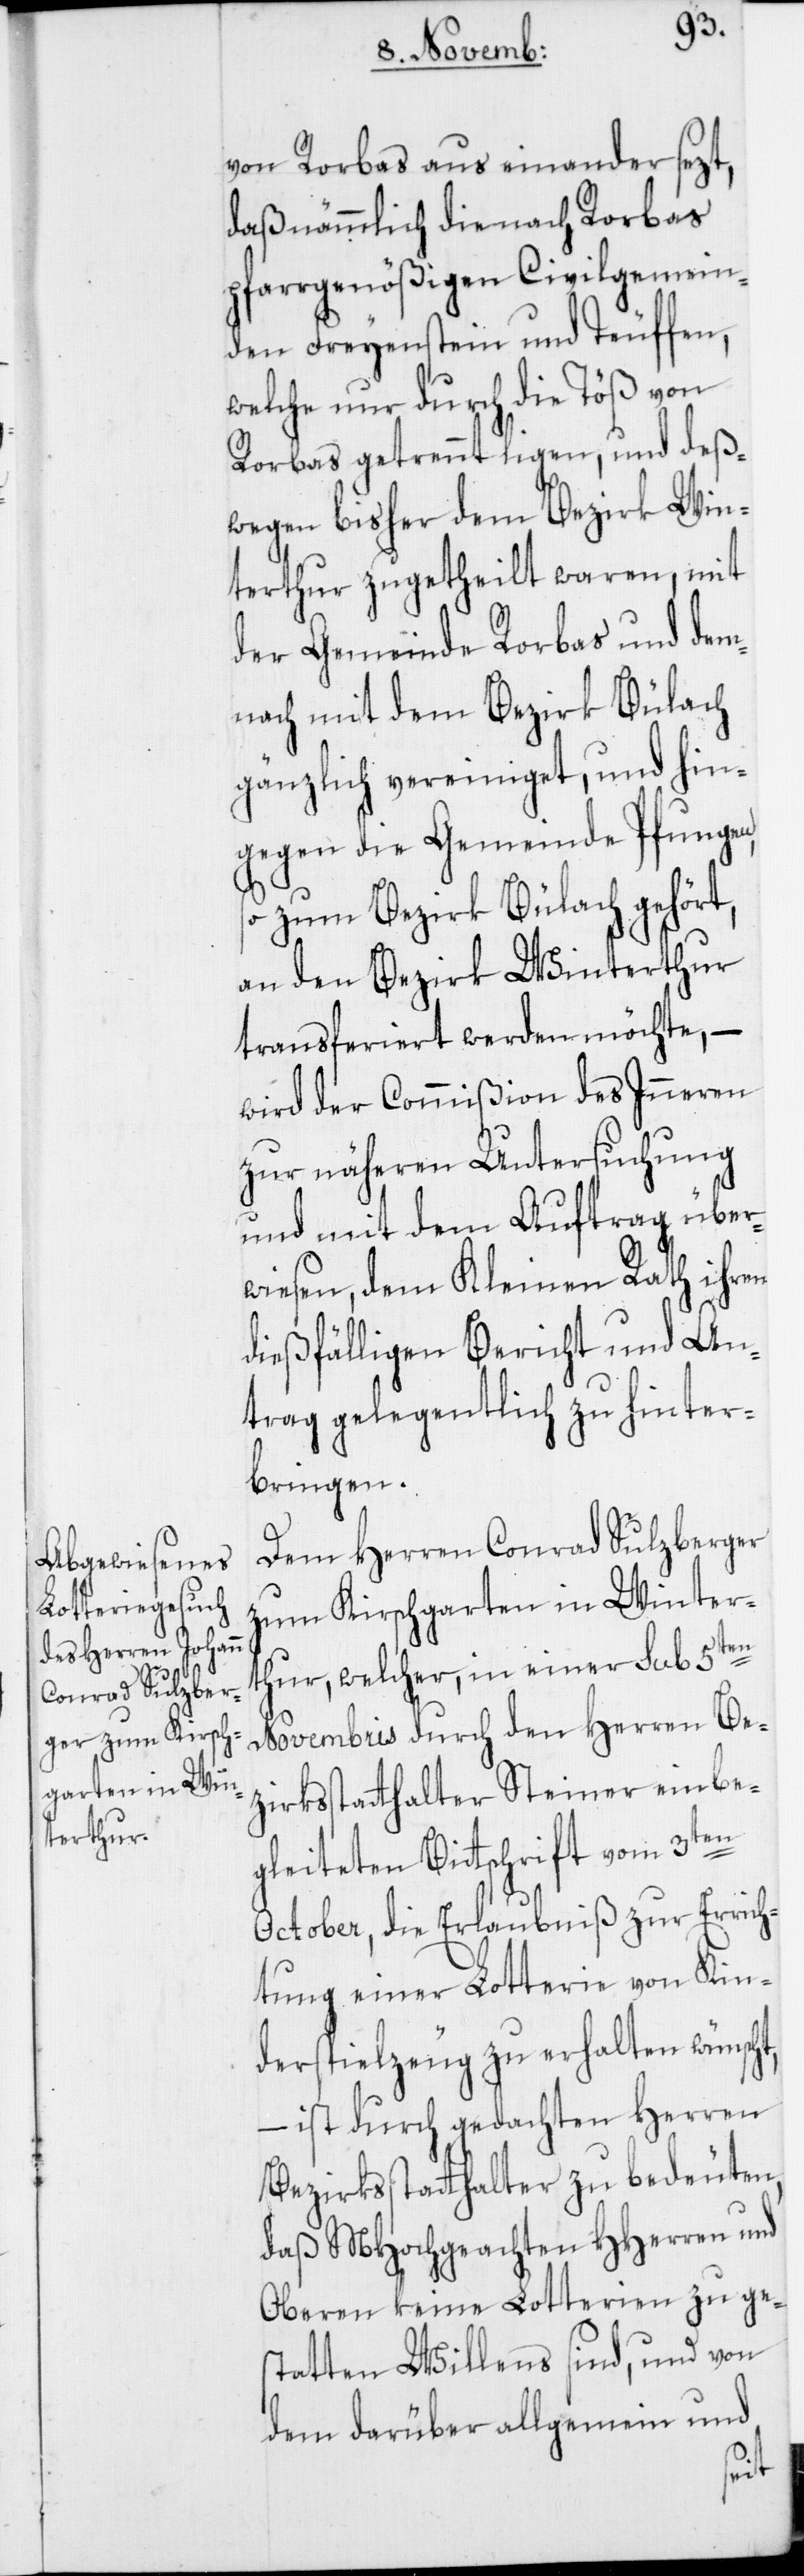
von Rorbas aus einander sezt,
daß nämmlich die nach Rorbas
pfarrgenößigen Civilgemein¬
den Freyenstein und Teuffen,
welche nur durch die Töß von
Rorbas getrennt ligen, und deß¬
wegen bisher dem Bezirk Win¬
terthur zugetheilt waren, mit
der Gemeinde Rorbas und dem¬
nach mit dem Bezirk Bülach
gänzlich vereiniget, und hin¬
gegen die Gemeinde Pfungen,
so zum Bezirk Bülach gehört,
an den Bezirk Winterthur
transferiert werden möchte, –
wird der Commißion des Inneren
zur näheren Untersuchung
und mit dem Auftrag über¬
wiesen, dem Kleinen Rath ihren
dießfälligen Bericht und An¬
trag gelegentlich zu hinter¬
bringen.
Dem Herren Conrad Sulzberger
zum Kirschgarten in Winter¬
thur, welcher, in einer sub 5ten
Novembris durch den Herren Be¬
zirksstatthalter Steiner einbe¬
gleiteten Bittschrift vom 3ten
October, die Erlaubniß zur Errich¬
tung einer Lotterie von Kin¬
derspielzeug zu erhalten wünscht,
– ist durch gedachten Herren
Bezirksstatthalter zu bedeuten,
daß MHochgeachten HHerren und
Oberen keine Lotterien zu ge¬
statten Willens sind, und von
dem darüber allgemein und